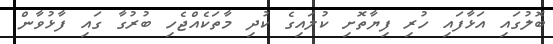
ބޮލުގައި އަޅާފައި ހުރި ފިޔާތޮށި ކުލައިގެ ކުދި މާތަކެއްޖެހި ބުރުގާ ގައި ފާޅުވާން